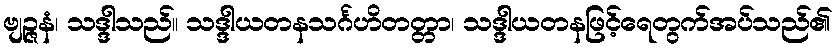
ဗျဉ္ဇနံ၊ သဒ္ဒါသည်။ သဒ္ဒါယတနသင်္ဂဟိတတ္တာ၊ သဒ္ဒါယတနဖြင့်ရေတွက်အပ်သည်၏